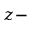
z -